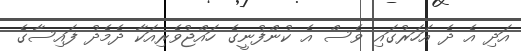
އަދި އެ ދެ އަހަރުގައި ވެސް އެ ކުންފުނީގެ ހައްޖުވެރިއަކާ ދެމެދު ފައިސާގެ